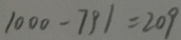
1 0 0 0 - 7 9 1 = 2 0 9